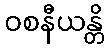
ဝစနီယန္တိ